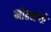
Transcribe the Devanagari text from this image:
मोहभंगों